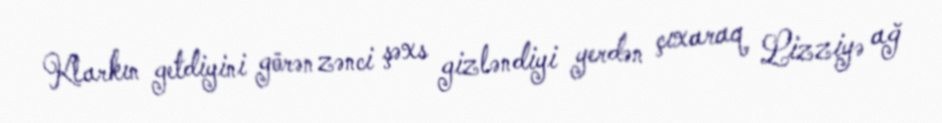
Klarkın getdiyini görən zənci şəxs gizləndiyi yerdən çıxaraq Lizziyə ağ